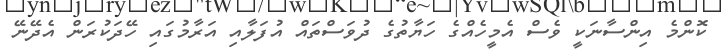
ކޮންމެ އިންސާނަކީ ވެސް އެމީހެއްގެ ހަޔާތުގެ ދުވަސްތައް އުފަލާއި އަރާމުގައި ހޭދަކުރަން އެދޭނޭ